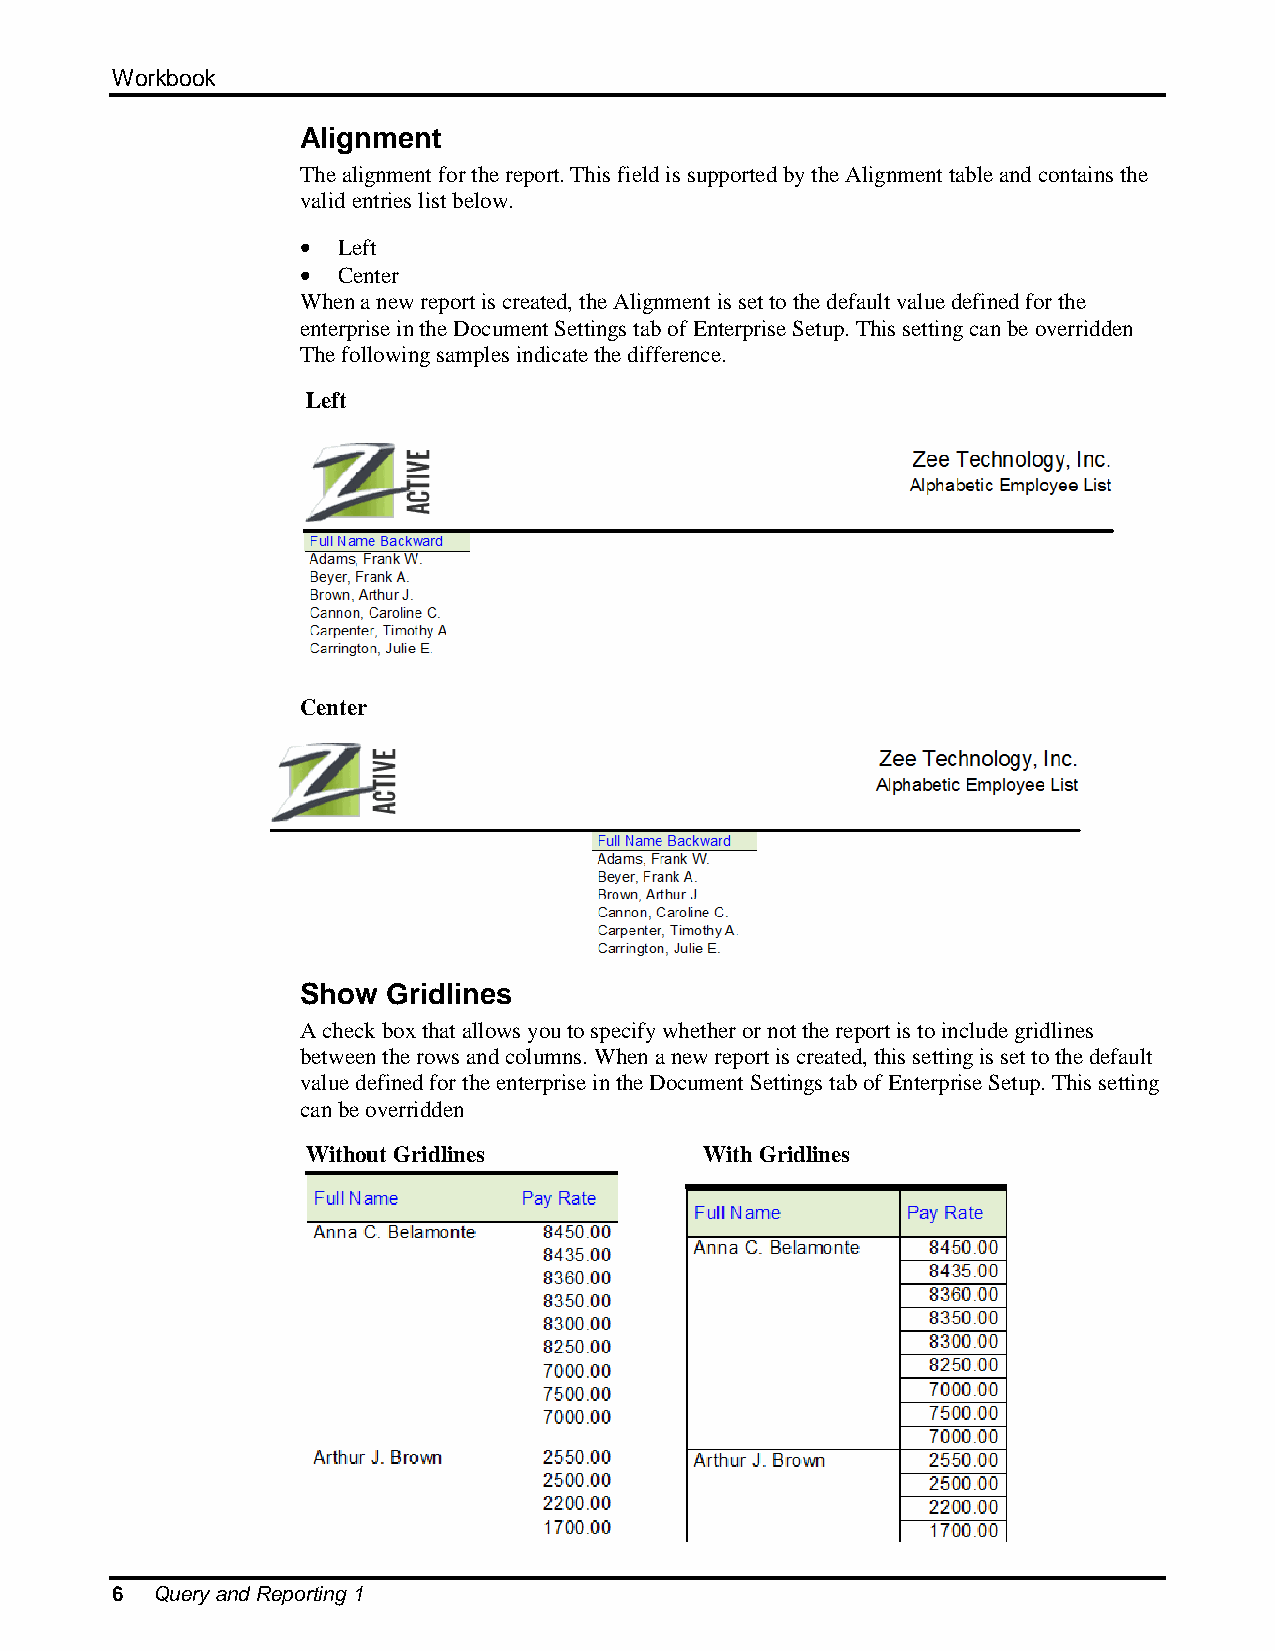
Workbook
 Alignment
 The alignment for the report. This field is supported by the Alignment table and contains the
 valid entries list below.
 Left
 Center
 When a new report is created, the Alignment is set to the default value defined for the
 enterprise in the Document Settings tab of Enterprise Setup. This setting can be overridden
 The following samples indicate the difference.
 Left
 Center
 Show  Gridlines
 A check box that allows you to specify whether or not the report is to include gridlines
 between the rows and columns. When a new report is created, this setting is set to the default
 value defined for the enterprise in the Document Settings tab of Enterprise Setup. This setting
 can be overridden
 Without Gridlines          With Gridlines
 6  Query and Reporting 1